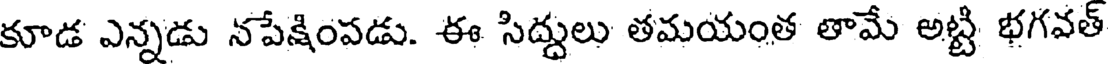
కూడ ఎన్నడు నపేక్షింపడు. ఈ సిద్దులు తమయంత తామే అట్టి భగవత్